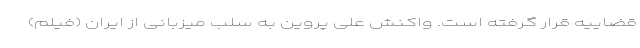
قضاییه قرار گرفته است. واکنش علی پروین به سلب میزبانی از ایران (فیلم)